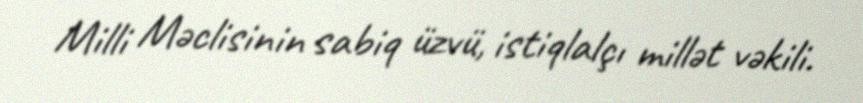
Milli Məclisinin sabiq üzvü, istiqlalçı millət vəkili.